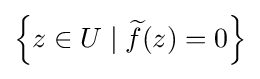
\left\{z\in U\mid {\widetilde {f}}(z)=0\right\}